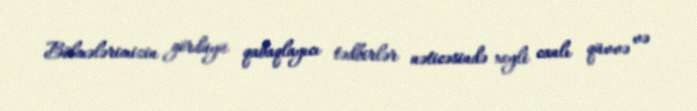
Bölmələrimizin gördüyü qabaqlayıcı tədbirlər nəticəsində xeyli canlı qüvvə və